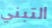
التبني